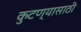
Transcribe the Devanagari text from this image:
कुटण्यासाठी